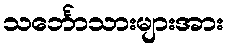
သင်္ဘောသားများအား